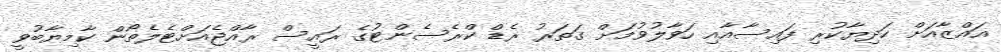
ޣައްޒާއަށް ހަދިޔާކުރި ފައިސާއާއި ހަވާލުވުމަށް ގަތަރު ރެޑް ކްރެސެންޓުގެ ރައީސް ރާއްޖެއަށްޓެލެތޯން ކާމިޔާބުވީ